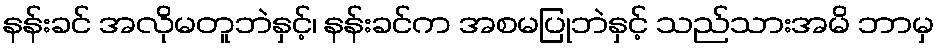
နန်းခင် အလိုမတူဘဲနှင့်၊ နန်းခင်က အစမပြုဘဲနှင့် သည်သားအမိ ဘာမှ